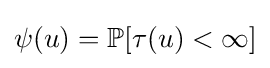
\psi (u)=\mathbb {P} [\tau (u)<\infty ]